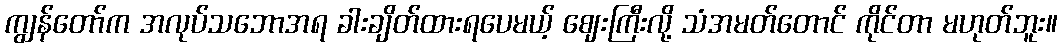
ကျွန်တော်က အလုပ်သဘောအရ ခါးချိတ်ထားရပေမယ့် ဈေးကြီးလို့ သံအမတ်တောင် ကိုင်တာ မဟုတ်ဘူး။